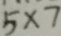
5 \times 7